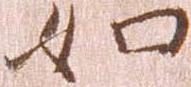
如